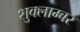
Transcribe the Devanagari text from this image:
शुक्लाम्बर